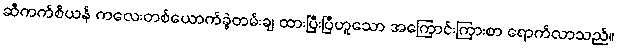
ဆီကက်စိယန် ကလေးတစ်ယောက်ခွဲတမ်းချ ထားပြီးပြီဟူသော အကြောင်းကြားစာ ရောက်လာသည်။